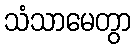
သံသာမေတွာ